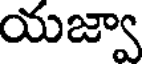
యజ్వా